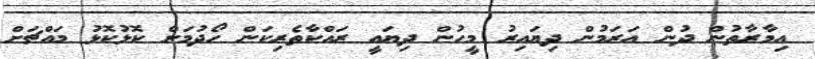
އިމާރާތުން ދުން އަރަމުން ދިޔައިރު މީހުން ދިޔައީ ރައްކާތެރިކަން ހޯދުމަށް ކޮޅުކޮޅު މައްޗަށް